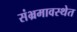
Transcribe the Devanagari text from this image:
संभ्रमावस्थेत